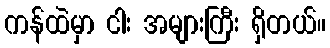
ကန်ထဲမှာ ငါး အများကြီး ရှိတယ်။